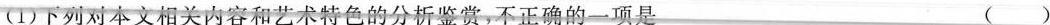
(1) 下列对本文相关内容和艺术特色的分析览赏,不正确的一项是 （ ）